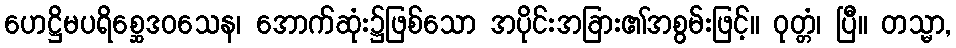
ဟေဋ္ဌိမပရိစ္ဆေဒဝသေန၊ အောက်ဆုံး၌ဖြစ်သော အပိုင်းအခြား၏အစွမ်းဖြင့်။ ဝုတ္တံ၊ ပြီ။ တသ္မာ,